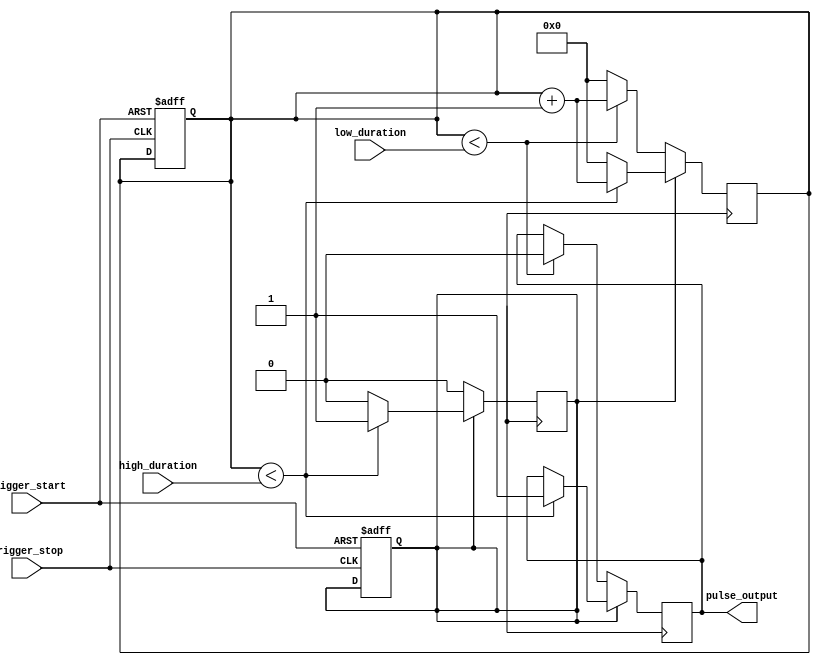
module duty_cycle_pulse_generator(
    input wire trigger_start,
    input wire trigger_stop,
    input wire [7:0] high_duration,
    input wire [7:0] low_duration,
    output wire pulse_output
);

reg [7:0] counter;
reg pulse_high;
reg pulse_output_reg;

always @ (posedge trigger_start or negedge trigger_stop)
begin
    if(trigger_start)
    begin
        counter <= 0;
        pulse_high <= 1;
    end
    else if(trigger_stop)
    begin
        pulse_high <= 0;
    end
end

always @ (posedge clk)
begin
    if(pulse_high)
    begin
        if(counter < high_duration)
        begin
            pulse_output_reg <= 1;
            counter <= counter + 1;
        end
        else
        begin
            counter <= 0;
            pulse_high <= 0;
        end
    end
    else
    begin
        if(counter < low_duration)
        begin
            pulse_output_reg <= 0;
            counter <= counter + 1;
        end
        else
        begin
            counter <= 0;
            pulse_high <= 0;
        end
    end
end

assign pulse_output = pulse_output_reg;

endmodule